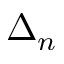
\Delta _ { n }